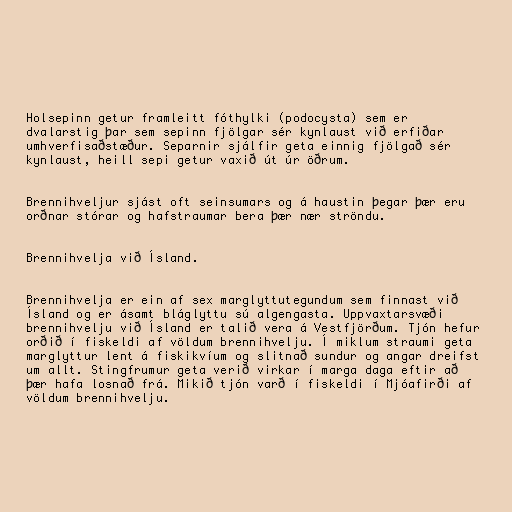
Holsepinn getur framleitt fóthylki (podocysta) sem er
dvalarstig þar sem sepinn fjölgar sér kynlaust við erfiðar
umhverfisaðstæður. Separnir sjálfir geta einnig fjölgað sér
kynlaust, heill sepi getur vaxið út úr öðrum.

Brennihveljur sjást oft seinsumars og á haustin þegar þær eru
orðnar stórar og hafstraumar bera þær nær ströndu.

Brennihvelja við Ísland.

Brennihvelja er ein af sex marglyttutegundum sem finnast við
Ísland og er ásamt bláglyttu sú algengasta. Uppvaxtarsvæði
brennihvelju við Ísland er talið vera á Vestfjörðum. Tjón hefur
orðið í fiskeldi af völdum brennihvelju. Í miklum straumi geta
marglyttur lent á fiskikvíum og slitnað sundur og angar dreifst
um allt. Stingfrumur geta verið virkar í marga daga eftir að
þær hafa losnað frá. Mikið tjón varð í fiskeldi í Mjóafirði af
völdum brennihvelju.